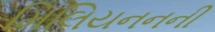
મિલિયનનની